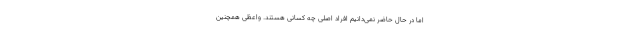
اما در حال حاضر نمی‌دانیم افراد اصلی چه کسانی هستند. واعظی همچنین